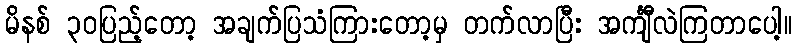
မိနစ် ၃၀ပြည့်တော့ အချက်ပြသံကြားတော့မှ တက်လာပြီး အင်္ကျီလဲကြတာပေါ့။